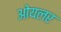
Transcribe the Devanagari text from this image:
ओयलर